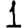
Digit: 1